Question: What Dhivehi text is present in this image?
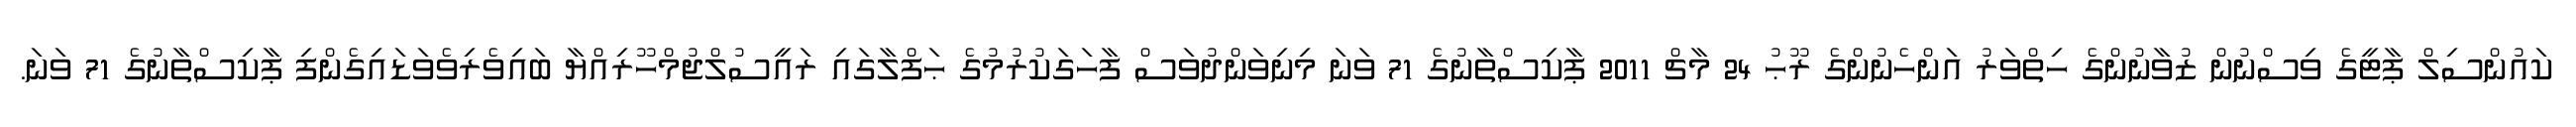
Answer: ކައުންސިލް ޕާޓީގެ ވިސްނުން ޒުވާނުންގެ ހިތްވަރު އަންހެނުންގެ ރޫޙު 24 މާޗް 2011 ޕާކިސްތާނުގެ 71 ވަނަ މިނިވަންދުވަސް ފާހަގަކުރުމުގެ ޙަފްލާގައި ރައީސުލްޖުމްހޫރިއްޔާ ބައިވެރިވެވަޑައިގެންފި ޕާކިސްތާނުގެ 71 ވަނަ.